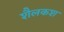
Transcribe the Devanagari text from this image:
शैलकश